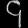
Digit: ၄